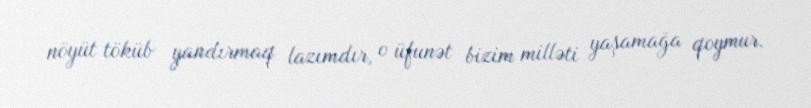
nöyüt töküb yandırmaq lazımdır, o üfunət bizim milləti yaşamağa qoymur.